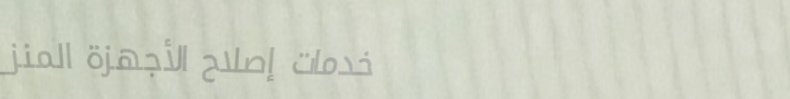
خدمات إصلاح الأجهزة المنز